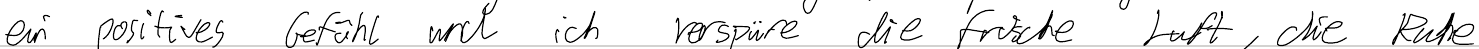
ein positives Gefühl und ich verspüre die frische Luft, die Ruhe